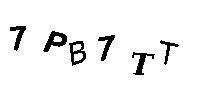
7PB7TT